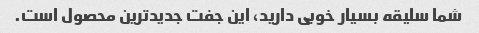
شما سلیقه بسیار خوبی دارید، این جفت جدیدترین محصول است.